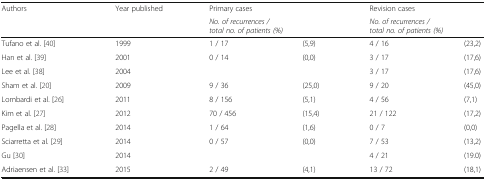
<table><thead><tr><td><b>Authors</b></td><td><b>Year published</b></td><td><b>Primary cases</b></td><td>[EMPTY_CELL]</td><td><b>Revision cases</b></td><td>[EMPTY_CELL]</td></tr><tr><td>[EMPTY_CELL]</td><td>[EMPTY_CELL]</td><td colspan="2"><b><i>No. of recurrences /</i><i>total no. of patients (%)</i></b></td><td colspan="2"><b><i>No. of recurrences /</i><i>total no. of patients (%)</i></b></td></tr></thead><tbody><tr><td>Tufano et al. [40]</td><td>1999</td><td>1 / 17</td><td>(5,9)</td><td>4 / 16</td><td>(23,2)</td></tr><tr><td>Han et al. [39]</td><td>2001</td><td>0 / 14</td><td>(0,0)</td><td>3 / 17</td><td>(17,6)</td></tr><tr><td>Lee et al. [38]</td><td>2004</td><td>[EMPTY_CELL]</td><td>[EMPTY_CELL]</td><td>3 / 17</td><td>(17,6)</td></tr><tr><td>Sham et al. [20]</td><td>2009</td><td>9 / 36</td><td>(25,0)</td><td>9 / 20</td><td>(45,0)</td></tr><tr><td>Lombardi et al. [26]</td><td>2011</td><td>8 / 156</td><td>(5,1)</td><td>4 / 56</td><td>(7,1)</td></tr><tr><td>Kim et al. [27]</td><td>2012</td><td>70 / 456</td><td>(15,4)</td><td>21 / 122</td><td>(17,2)</td></tr><tr><td>Pagella et al. [28]</td><td>2014</td><td>1 / 64</td><td>(1,6)</td><td>0 / 7</td><td>(0,0)</td></tr><tr><td>Sciarretta et al. [29]</td><td>2014</td><td>0 / 57</td><td>(0,0)</td><td>7 / 53</td><td>(13,2)</td></tr><tr><td>Gu [30]</td><td>2014</td><td>[EMPTY_CELL]</td><td>[EMPTY_CELL]</td><td>4 / 21</td><td>(19.0)</td></tr><tr><td>Adriaensen et al. [33]</td><td>2015</td><td>2 / 49</td><td>(4,1)</td><td>13 / 72</td><td>(18,1)</td></tr></tbody></table>